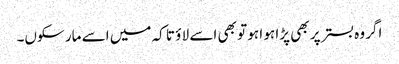
اگر وہ بستر پر بھی پڑا ہو ا ہو تو بھی اسے لا ؤ تا کہ میں اسے مار سکوں۔